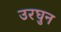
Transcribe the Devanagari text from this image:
उरघुन